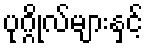
ပုဂ္ဂိုလ်များနှင့်